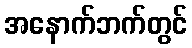
အနောက်ဘက်တွင်